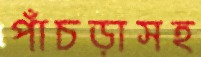
পাঁচড়াসহ